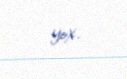
yox.